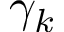
\gamma _ { k }